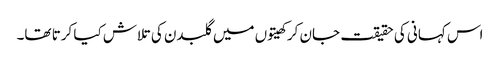
اس کہانی کی حقیقت جان کر کھیتوں میں گلبدن کی تلاش کیا کرتا تھا۔